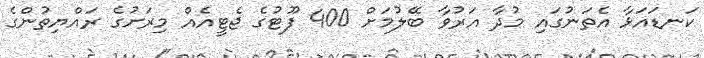
ކަނޑައަޅާ އެތަނުގައި މުދާ އަރުވާ ބޭލުމަށް 400 ފޫޓުގެ ޖެޓީއެއް މިރަށުގެ ރައްޔިތުންގެ